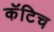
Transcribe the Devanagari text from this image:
कॅटिच